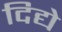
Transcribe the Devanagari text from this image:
दिद्ये